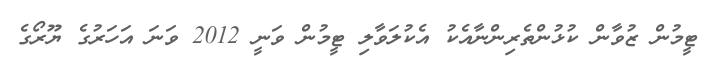
ޓީމުން ޒުވާން ކުޅުންތެރިންނާއެކު އެކުލަވާލި ޓީމުން ވަނީ 2012 ވަނަ އަހަރުގެ ޔޫރޯގެ